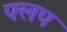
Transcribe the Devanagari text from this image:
फ्लप